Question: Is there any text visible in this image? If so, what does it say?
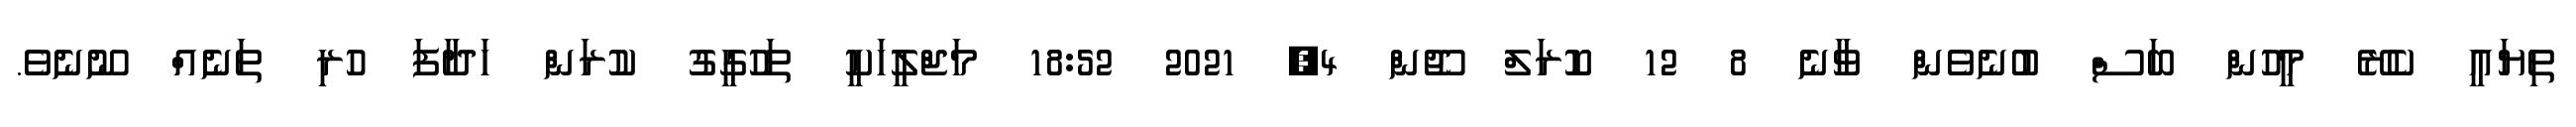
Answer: ތިޔައީ ކެރޭ މީހުން ބަސް ބުނެވެން ވާނެ 8 12 ކޮރަލް ޖޫން 4, 2021 18:52 މަޖްލީހަކީ ތަހުގީގު ކުރަން ހަދާފަ ހުރި ތަނެއް ނޫނެވެ.